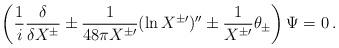
LaTeX: \begin{align*}\left( \frac{1}{i} \frac{\delta}{\delta X^{\pm}} \pm \frac{1}{48 \pi X^{\pm \prime}} (\ln X^{\pm \prime})'' \pm \frac{1}{X^{\pm \prime}} \theta_{\pm} \right) \Psi = 0\,.\end{align*}